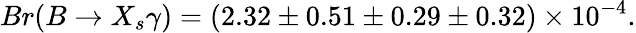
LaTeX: Br(B\to X_{s}\gamma)=(2.32\pm 0.51\pm 0.29\pm 0.32)\times 10^{-4}.